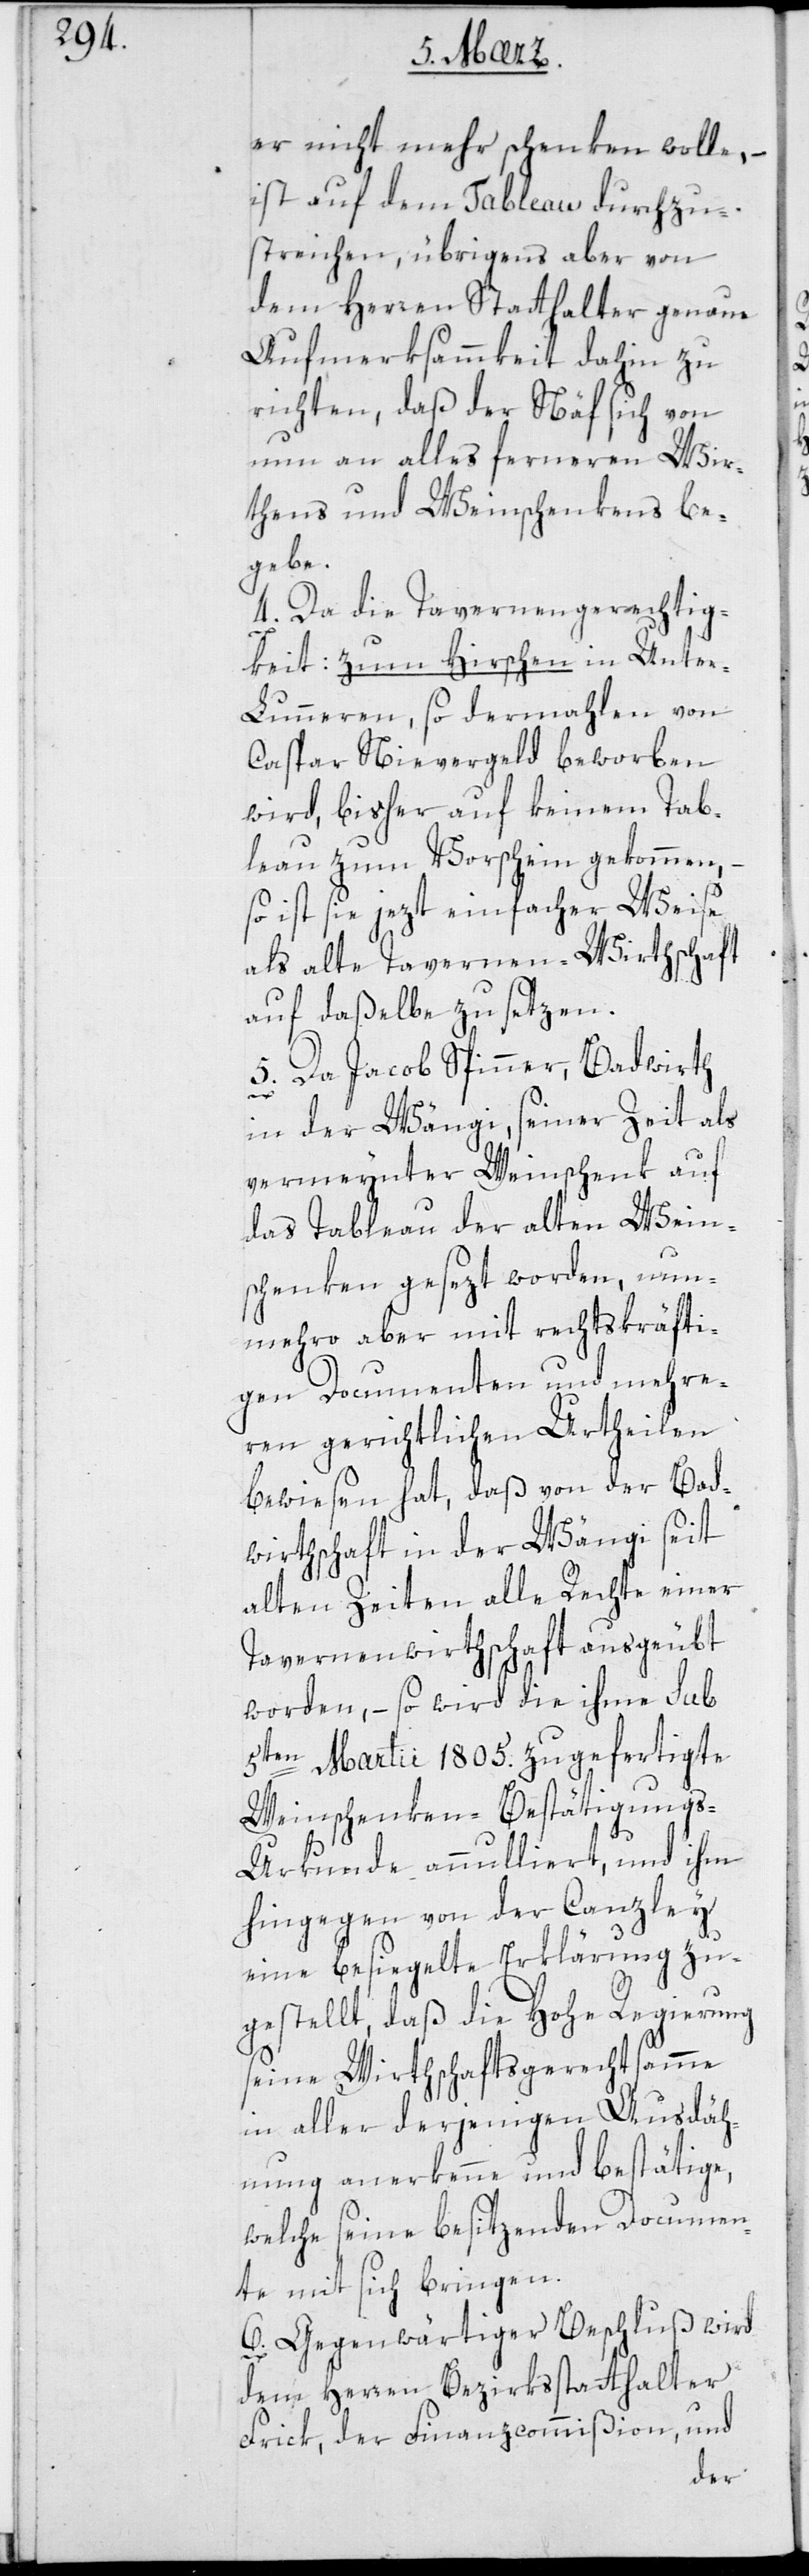
er nicht mehr schenken wolle,
ist auf dem Tableau durchzu¬
streichen, übrigens aber von
dem Herren Statthalter genaue
Aufmerksamkeit dahin zu
richten, daß der Näf sich von
nun an alles ferneren Wir¬
thens und Weinschenkens be¬
gebe.
4. Da die Tavernengerechtig¬
keit: zum Hirschen in Unter¬
lunneren, so dermahlen von
Caspar Nievergelt beworben
wird, bisher auf keinem Tab¬
leau zum Vorschein gekommen, –
so ist sie jezt einfacher Weise
als alte Tavernen-Wirthschaft
auf daßelbe zu setzen.
5. Da Jacob Spinner, Badwirth
in der Wängi, seiner Zeit als
vermeynter Weinschenk auf
das Tableau der alten Wein¬
schenken gesezt worden, nun¬
mehro aber mit rechtskräfti¬
gen Documenten und mehre¬
ren gerichtlichen Urtheilen
bewiesen hat, daß von der Bad¬
wirthschaft in der Wängi seit
alten Zeiten alle Rechte einer
Tavernenwirthschaft ausgeübt
worden, – so wird die ihme sub
5ten Martii 1805. zugefertigte
Weinschenken-Bestätigungs-U¬
rkunde annulliert, und ihm
hingegen von der Canzley
eine besiegelte Erklärung zu¬
gestellt, daß die Hohe Regierung
seine Wirthschaftsgerechtsamme
in aller derjenigen Ausdäh¬
ung anerkenne und bestätige,
welche seine besitzenden Documen¬
te mit sich bringen.
6. Gegenwärtiger Beschluß wird
dem Herren Bezirksstatthalter
Frick, der Finanzcommißion und